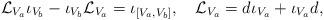
LaTeX: \begin{align*}{\cal L}_{V_a}\iota_{V_b}-\iota_{V_b}{\cal L}_{V_a}=\iota_{[V_a, V_b]},\quad{\cal L}_{V_a}=d\iota_{V_a}+\iota_{V_a}d,\end{align*}